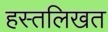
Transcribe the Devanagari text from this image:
हस्तलिखत